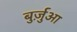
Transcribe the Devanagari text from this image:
बुर्ज़ुआ